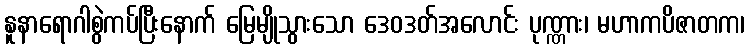
နူနာရောဂါစွဲကပ်ပြီးနောက် မြေမျိုသွားသော ဒေဝဒတ်အလောင်း ပုဏ္ဏား၊ မဟာကပိဇာတက၊